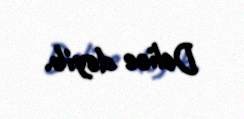
Delice deyib.